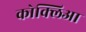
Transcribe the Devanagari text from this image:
कोक्लिआ